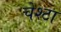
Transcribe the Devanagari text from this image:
चेश्टा